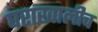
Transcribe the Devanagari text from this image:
घराखालीच